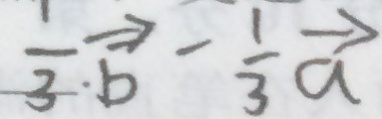
\frac { 1 } { 3 } \overrightarrow { b } - \frac { 1 } { 3 } \overrightarrow { a }